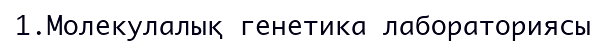
1.Молекулалық генетика лабораториясы